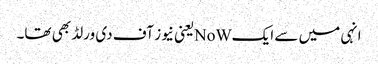
انہی میں سے ایکNoWیعنی نیوز آف دی ورلڈ بھی تھا۔